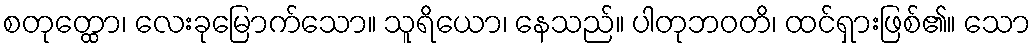
စတုတ္ထော၊ လေးခုမြောက်သော။ သူရိယော၊ နေသည်။ ပါတုဘဝတိ၊ ထင်ရှားဖြစ်၏။ သော